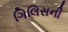
ગિલિસની